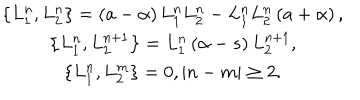
\begin{array} { c } { { \left\{ L _ { 1 } ^ { n } , L _ { 2 } ^ { n } \right\} = \left( a - \alpha \right) L _ { 1 } ^ { n } L _ { 2 } ^ { n } - L _ { 1 } ^ { n } L _ { 2 } ^ { n } \left( a + \alpha \right) , } } \\ { { \left\{ L _ { 1 } ^ { n } , L _ { 2 } ^ { n + 1 } \right\} = L _ { 1 } ^ { n } \left( \alpha - s \right) L _ { 2 } ^ { n + 1 } , } } \\ { { \left\{ L _ { 1 } ^ { n } , L _ { 2 } ^ { m } \right\} = 0 , \left| n - m \right| \geq 2 . } } \\ \end{array}